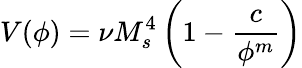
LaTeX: V(\phi)=\nu M_{s}^{4}\left(1-\frac{c}{\phi^{m}}\right)